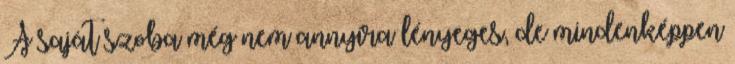
A saját szoba még nem annyira lényeges, de mindenképpen